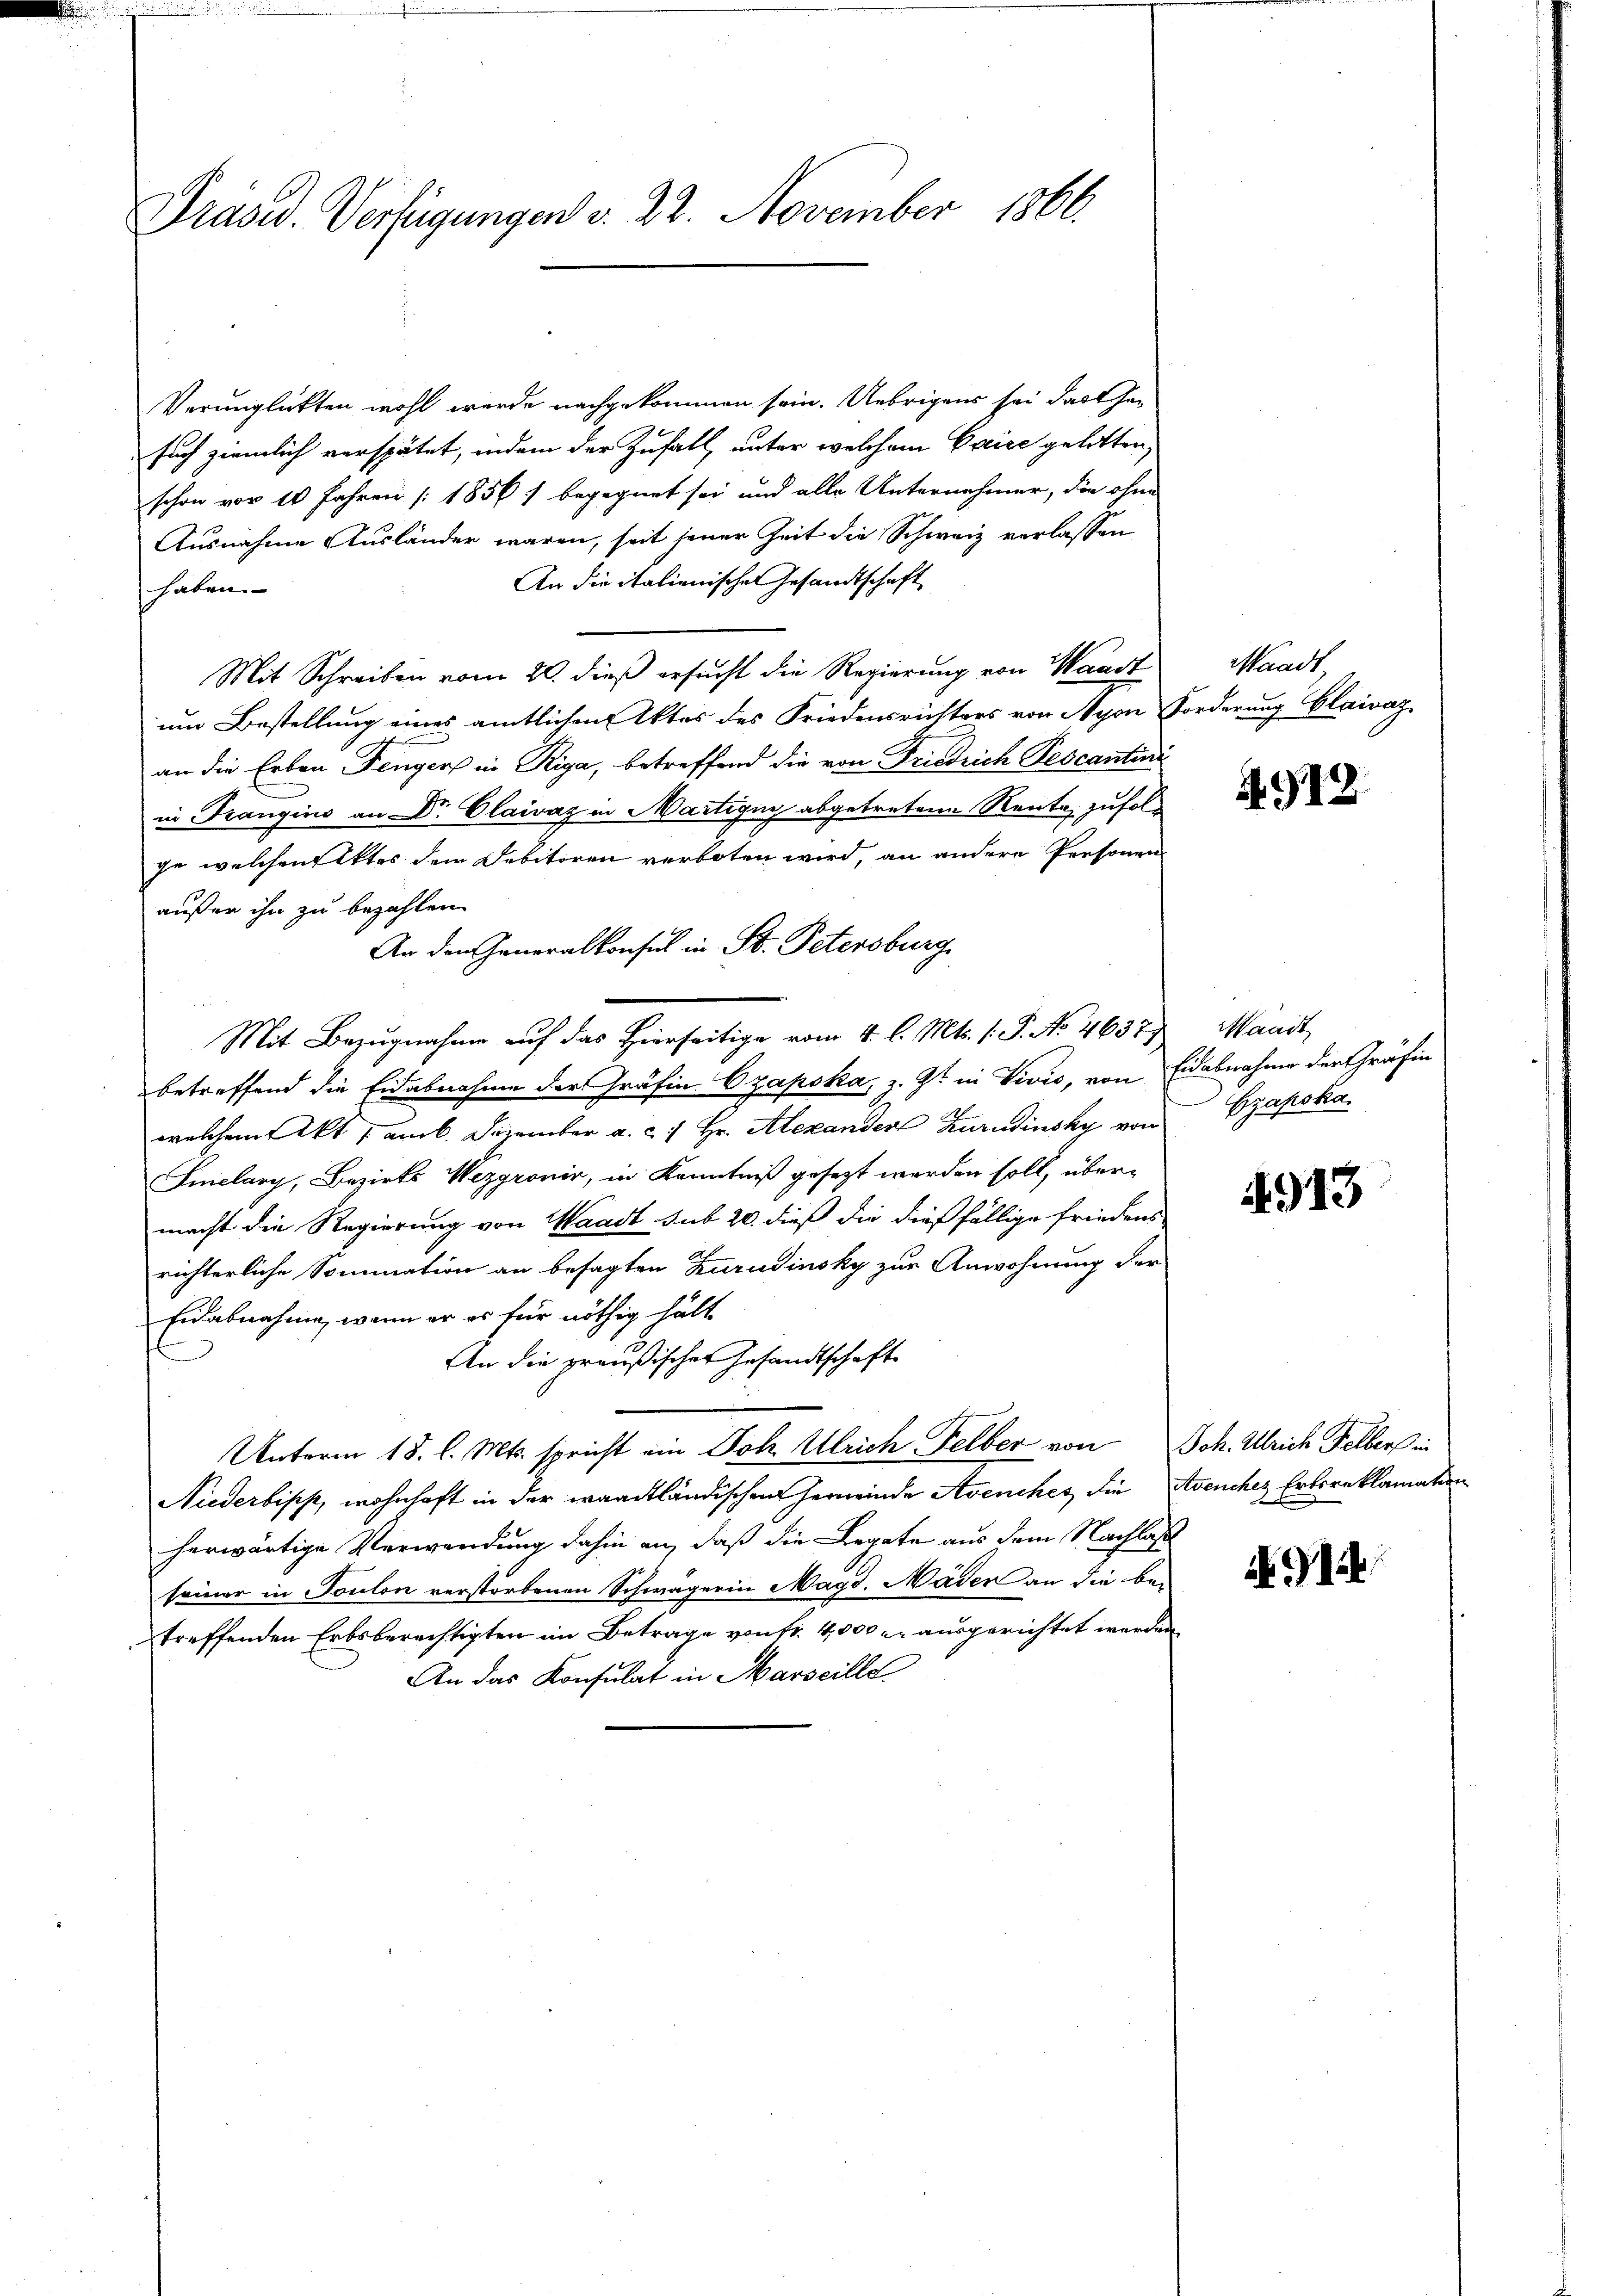
Präsid. Verfügungen v. 22. November 1866.

Verunglückten wohl wurde nachgekommen sein. Uebrigens sei das Gesuch ziemlich verspätet, indem der Zufall, unter welchem Caire gelitten,
schon vor 10 Jahren [1856) begegnet sei und alle Unternehmer, die ohne
Ausnahme Ausländer waren, seit jener Zeit die Schweiz verlassen
An die italienischen Gesandtschaft
haben.
Mit Schreiben vom 20. dieß ersucht die Regierung von Waadt
um Bestellung eines amtlichen Aktes des Friedensrichters von Nyon
an die Erben Fenger in Riga, betreffend die von Friedrich Pescantini
in Frangins an Dr. Claivaz in Martigny abgetretene Rente, zufolg
ge welchen Aktes dem Debitoren verboten wird, an andere Personen
außer ihn zu bezahlen.
An den Generalkonsul in St. Petersburg
Mit Bezugnahme auf das hierseitige vom 4. l. Mts. 1. P. No. 4637) Waadt
betreffend die Eidabnahme der Gräfin Ozapoka, z. Zt. in Divis, von Eidabnahme der Gräfin
welchem Akt. 1 am 6. Dezember a. c. 7 Hr. Alexandere Zurudinsky von Czapska
Smelary, Bezirks Wezgronis, in Kenntniß gesezt werden soll, übermacht die Regierung von Waadt sub 20. dieß die dießfällige Friedens
richterliche Sommation an besagten Zurudinsky zur Anwohnung der
Eidabnahme, wenn er es für nöthig hält
An die preußisches Gesandtschaft
Unterm 18. l. Mts. spricht ein Joh. Ulrich Felber von
Niederbiss, wohnhaft in der waadtländischen Gemeinde Avenches die
herwärtige Verwendung dahin an, daß die Legate aus dem Nachlaß
seiner in Toulon verstorbenen Schwägerin Magd. Häder an die bei
treffenden Erbsberechtigten im Betrage von Fr. 4000 l. ausgerichtet werden.
An das Konsulat in Marseille

Waadt
Forderung Glaivag

A912.

4913

Joh. Ulrich Felbers in
Avenches Erbereklamation

i 1